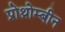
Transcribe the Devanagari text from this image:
प्रोथ्रोम्बीन